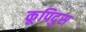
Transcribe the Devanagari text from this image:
कूपिदुस